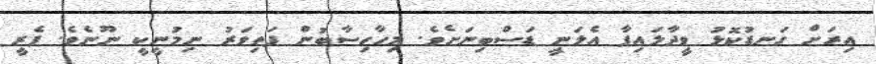
އިރަށް ގަނޑުކޮޅު ވީދާލައިފާ އެލަނީ ޑަސްބިނަށެވެ. މިހާހިސާބުން ފަތިވަރު ނިމުނީކީ ނޫނެވެ. ފެރީ